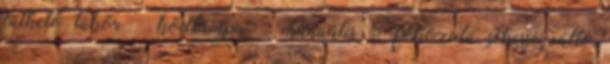
fűthető tükör – ködlámpa – manuális 5 fokozatú sebességváltó